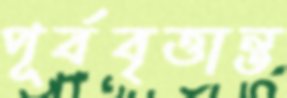
পূর্ববৃত্তান্ত